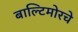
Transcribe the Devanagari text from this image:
बाल्टिमोरचे